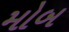
મોબ